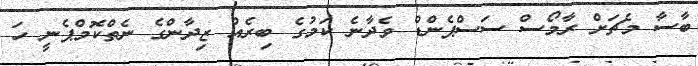
ބާސާ މެޗަށް ރާމޯސް ސަސްޕެންޑް ވެދާނެ ކަމުގެ ބިރެއް ޒިދާންގެ ނެތްކޮމްޕެނީ ހަ